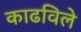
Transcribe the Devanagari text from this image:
काढविले